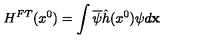
H ^ { F T } ( x ^ { 0 } ) = \int \overline { { \psi } } \hat { h } ( x ^ { 0 } ) \psi d { \bf x }